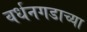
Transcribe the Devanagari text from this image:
वर्धनगडाच्या